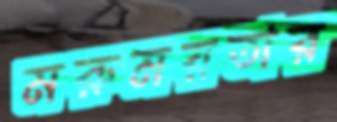
মরুময়তার